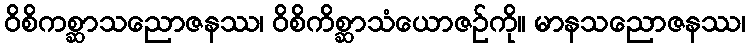
ဝိစိကစ္ဆာသညောဇနဿ၊ ဝိစိကိစ္ဆာသံယောဇဉ်ကို။ မာနသညောဇနဿ၊